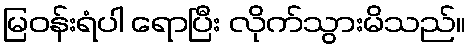
မြဝန်းရံပါ ရောပြီး လိုက်သွားမိသည်။